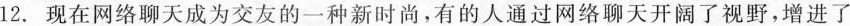
12.现在网络聊天成为交友的一种新时尚，有的人通过网络聊天开阔了视野，增进了